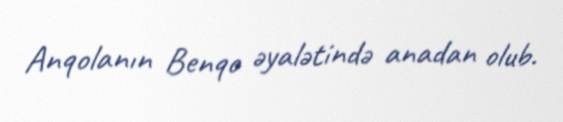
Anqolanın Benqo əyalətində anadan olub.